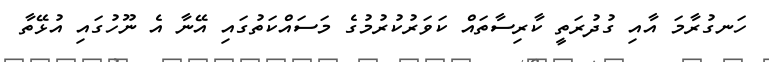
ހަނގުރާމަ އާއި ގުދުރަތީ ކާރިސާތައް ކަވަރުކުރުމުގެ މަސައްކަތުގައި އޭނާ އެ ނޫހުގައި އުޅޭތާ